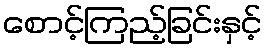
စောင့်ကြည့်ခြင်းနှင့်